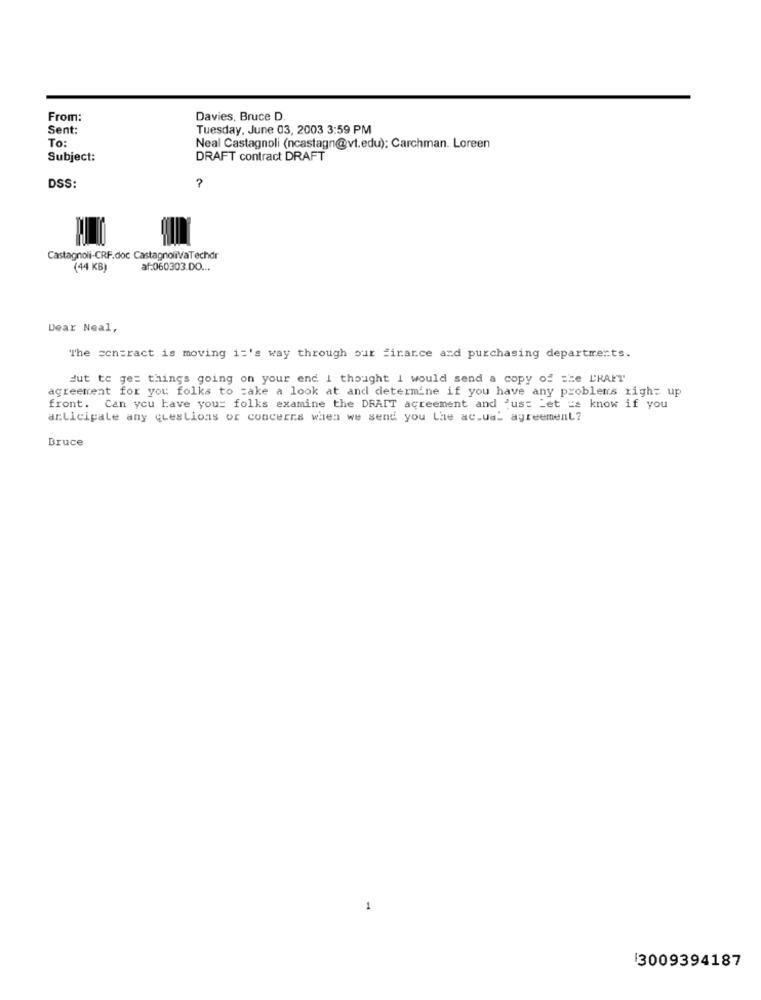
From:
Davies, Bruce D.
Sent:
Tuesday, June 03, 2003 3:59 PM
To:
Neal Castagnoli (ncastagn@vt.edu); Carchman. Loreen
Subject:
DRAFT contract DRAFT
DSS:
?
Castagnoli-CRF.doc CastagnoliVaTechdr
(44 KB)
af:060303.DO ...
Dear Neal,
The contract is moving it's way through our finance and purchasing departments.
dut te ge= things going on your end I thought i would send a copy of == e L'RAIT
agreement for you folks to take a look at and determine if you have any problems right up
front. Can you have your folks examine the DRAIT agreement and just Let == know if you
articipale any questions or concerns when we send you Lhe ac.ual agreement?
Bruce
1
3009394187